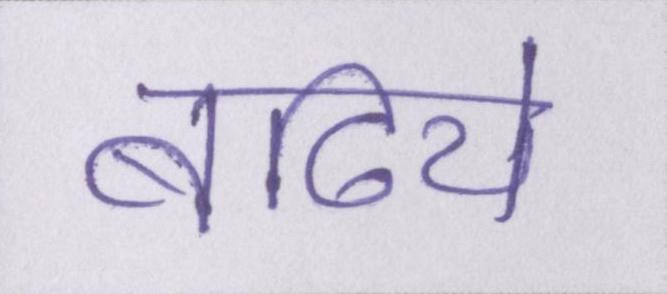
बढिये